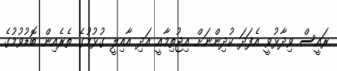
ރައީސް ވިދާޅުވީ އެފަދަ ކުދިންނަށް އިޖުތިމާއީ އަދި އާއިލީ ގުޅުމުގެ ތެރެއިން ބޮޑުވުމުގެ